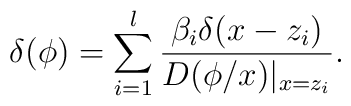
\delta (\phi )=\sum\limits_{i=1}^l\frac{\beta _i\delta (x-z_i)}{D(\phi/x)|_{x=z_i}}.